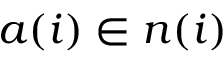
a ( i ) \in n ( i )